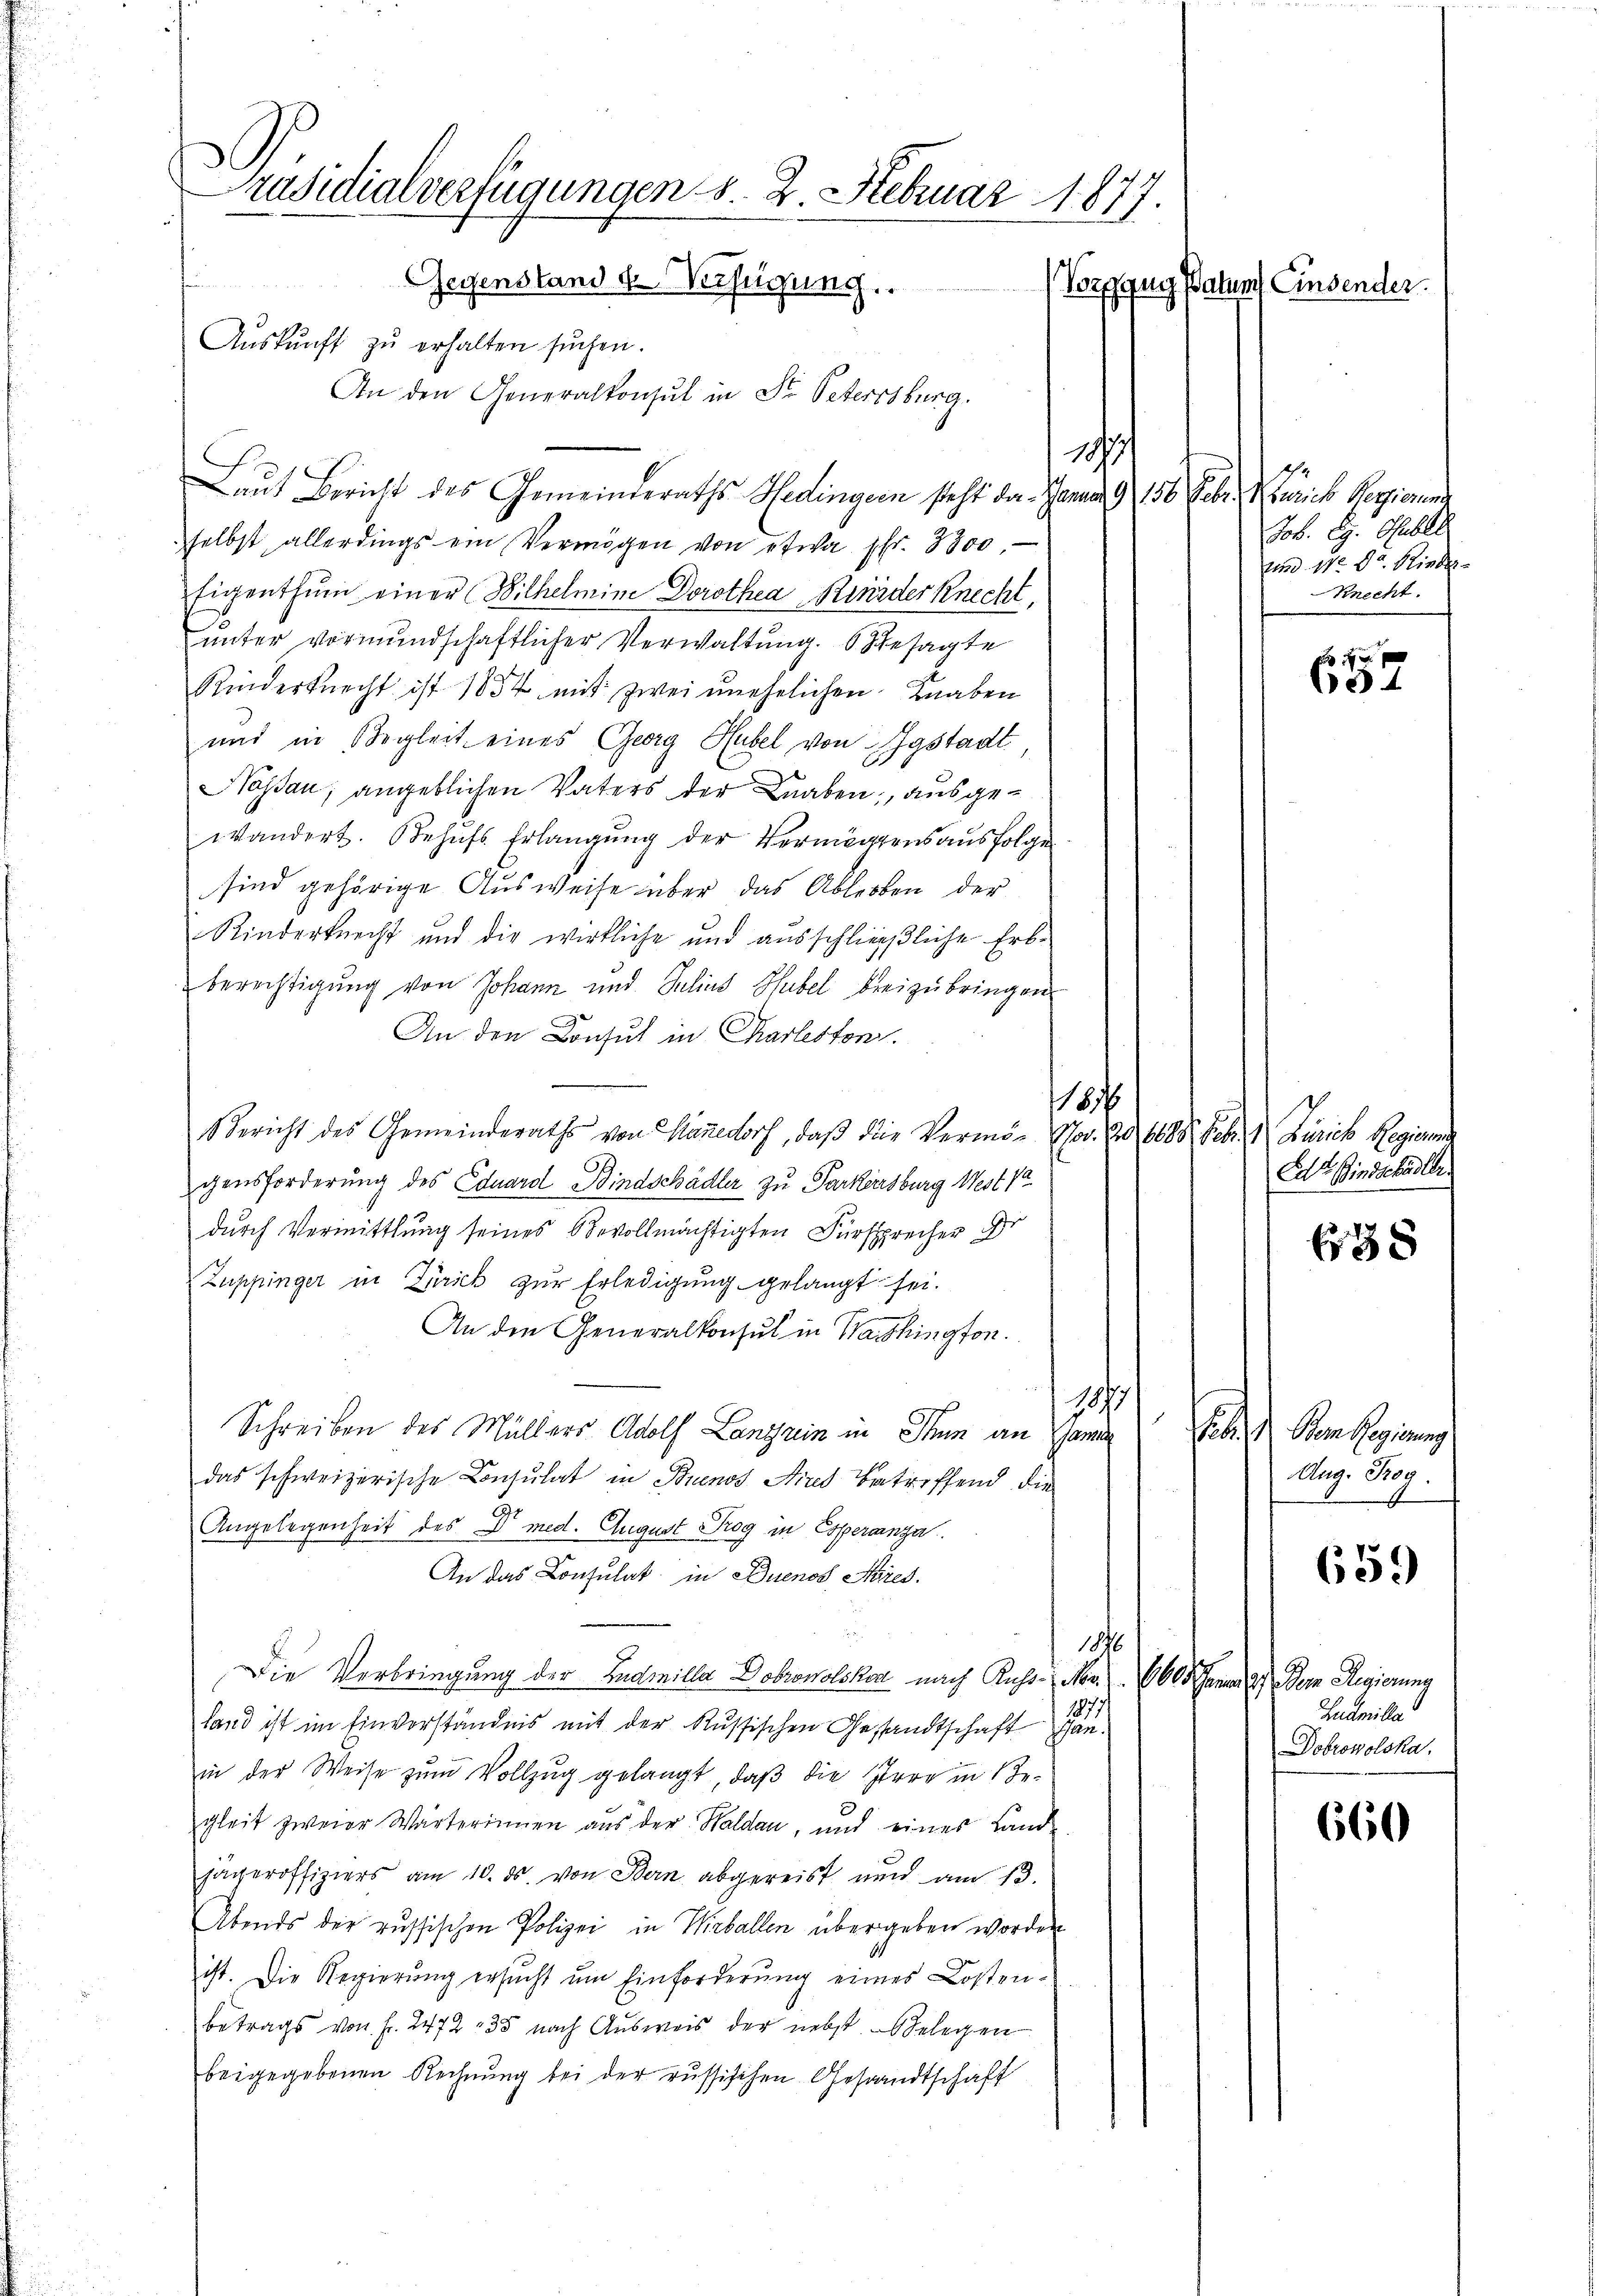
Präsidialverfügungen s. 2. Februar 1877.
Gegenstand u. Verfügung.
Vorgang Datums Einsender.
Aŭskŭnft zŭ erhalten sŭchen.
An den Generalkonsul in Dr. Petersburg.

Laut Bericht des Gemeinderaths Hedingen steht da. Januar 9 156. Febr. Zürich Regierung
selbst allerdings ein Vermögen von etwa Fr. 3800.
Eigenthum einer Wilhelmine Dorothea Rieder Knecht,
unter vormundschaftlicher Verwaltung. Gesagte
Kinderknecht ist 1854 mit zwei unehelichen Knaben
und in Begleit eines Georg Hubel von Igstadt
Hassau, angeblichen Vaters der Knaben; ausgewandert. Behŭfs Erlangŭng der Vermögensaŭsfolge
sind gehörige Ausweise über das Ableiben der
Rinderknecht und die wirkliche und ausschliessliche Erbberechtigung von Johann und Julius Hubel breizubringen.
An den Konsul in Charleston.
1816
Bericht des Gemeinderaths von Stanedorf, daß die Vermö-Vod. Z. 6688. Febr. 1 Zürich Regierung
gensforderung des Eduard Bindschädler zu Parkersburg West
durch Vermittlung seines Bevollmächtigten Fürsprecher D
Zuppinger in Zürich zur Erledigung gelangt sei.
An den Generalkonsul in Washington.
1877
Schreiben des Müllers Adolf Languin in Thun an Gamin
das schweizerische Consulat in Buenos Aires betreffend die
Angelegenheit des Dr med. August Rog in Esperanza
An das Consulat in Buenos Ayres.
1876
Die Verbringung der Ludmilla Dobrowolsker nach Ruhs-Nr. 605. Januar 2.) Der Regierung
 187
land ist im Einverständnis mit der Russischen Gesandtschaft anin der Weise zum Vollzug gelangt, daß die Irre in Begleit zweier Wärterinnen aus der Waldau, und eines Land-
jägeroffiziers am 10. ds. von Bern abgereist nun am 13.
Abends der russischen Polizei in Weballen übergeben worden
ist. Die Regierung ersucht um Einforderung eines Kostenbetrags von Fr. 2472 135 nach Ausweis der nebst Belegen
beigegebenen Rechnung bei der russischen Gesandtschaft

187

Job. Eg. Obl
uund 17. d. Rieder
Knecht.

x
4

Ed. Bindschädler

38

Sind dem Regierung
Aug. Reg.
Sudmille
Dobrowolska.

659)

660